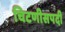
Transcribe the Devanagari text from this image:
चिटणीसपदी